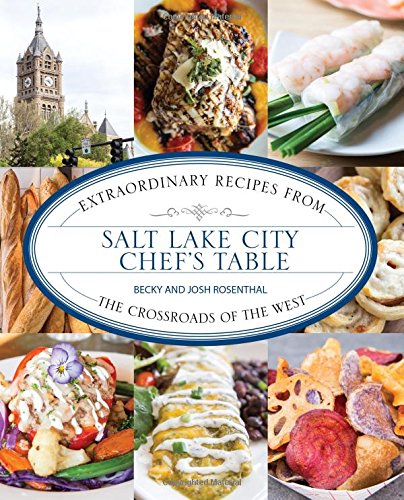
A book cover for Salt Lake City Chef's Table: Extraordinary Recipes from The Crossroads of the West; Becky Rosenthal; Cookbooks, Food & Wine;